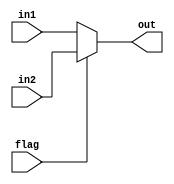
module Mux
#(parameter WIDTH = 32)
(flag, in1, in2, out);

input wire flag;
input wire [WIDTH-1:0] in1;
input wire [WIDTH-1:0] in2;

output wire [WIDTH-1:0] out;

assign out = flag ? in2 : in1;

endmodule